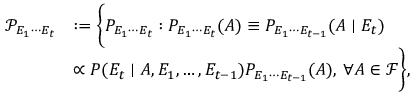
\begin{array} { r l } { \mathcal { P } _ { E _ { 1 } \cdots E _ { t } } } & { : = \bigg \{ P _ { E _ { 1 } \cdots E _ { t } } : P _ { E _ { 1 } \cdots E _ { t } } ( A ) \equiv P _ { E _ { 1 } \cdots E _ { t - 1 } } ( A \mid E _ { t } ) } \\ & { \propto P ( E _ { t } \mid A , E _ { 1 } , \ldots , E _ { t - 1 } ) P _ { E _ { 1 } \cdots E _ { t - 1 } } ( A ) \mathrm { , ~ } \forall A \in \mathcal { F } \bigg \} , } \end{array}